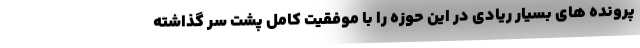
پرونده های بسیار ریادی در این حوزه را با موفقیت کامل پشت سر گذاشته